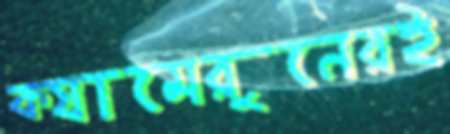
ক্যামেরুনেরই